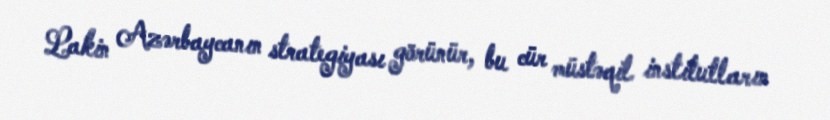
Lakin Azərbaycanın strategiyası görünür, bu cür müstəqil institutların